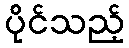
ပိုင်သည့်